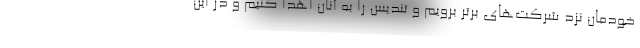
خودمان نزد شرکت‌های برتر برویم و تندیس را به آنان اهدا کنیم و در این